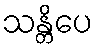
သန္တိပေ